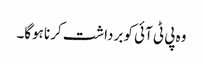
وہ پی ٹی آئی کو برداشت کرنا ہوگا۔